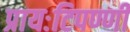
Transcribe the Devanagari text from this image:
प्रायःटिपण्णी